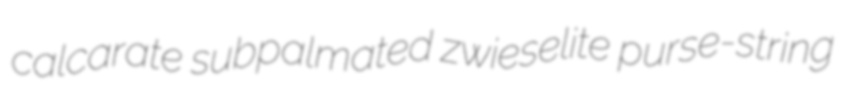
calcarate subpalmated zwieselite purse-string